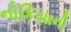
નોકિયાની